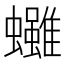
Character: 𧕘